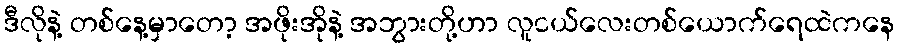
ဒီလိုနဲ့ တစ်နေ့မှာတော့ အဖိုးအိုနဲ့ အဘွားတို့ဟာ လူငယ်လေးတစ်ယောက်ရေထဲကနေ